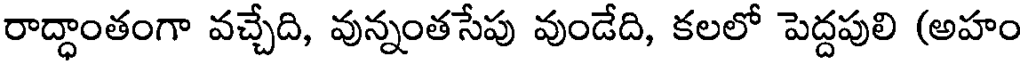
రాద్ధాంతంగా వచ్చేది, వున్నంతసేపు వుండేది, కలలో పెద్దపులి (అహం